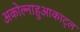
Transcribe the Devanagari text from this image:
अकोल्नाहुआकाट्ल